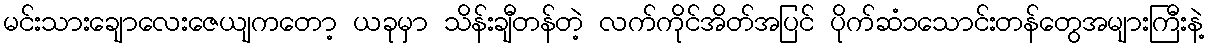
မင်းသားချောလေးဇေယျကတော့ ယခုမှာ သိန်းချီတန်တဲ့ လက်ကိုင်အိတ်အပြင် ပိုက်ဆံ၁သောင်းတန်တွေအများကြီးနဲ့